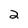
Character: 2